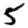
Digit: 5